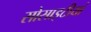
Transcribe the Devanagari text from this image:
सोसाइटीयां